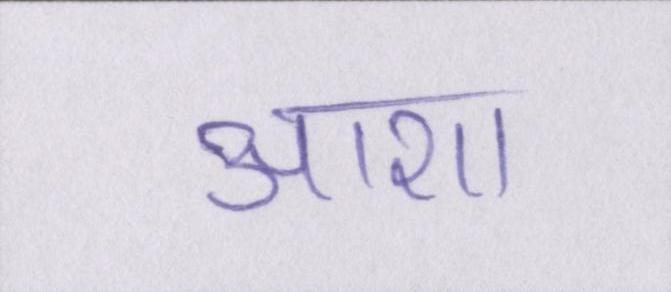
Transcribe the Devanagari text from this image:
आशा